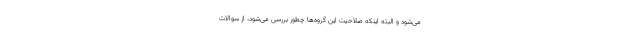
می‌شود و البته اینکه صلاحیت این گروه‌ها چطور بررسی می‌شود، از سوالات